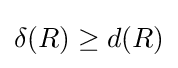
\delta (R)\geq d(R)